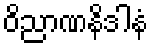
ဝိညာဏနိဒါနံ